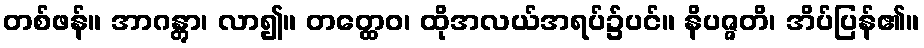
တစ်ဖန်။ အာဂန္တွာ၊ လာ၍။ တတ္ထေဝ၊ ထိုအလယ်အရပ်၌ပင်။ နိပဇ္ဇတိ၊ အိပ်ပြန်၏။